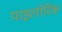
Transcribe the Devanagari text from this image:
पाइलोरिक